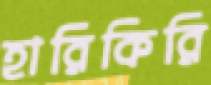
হারিকিরি